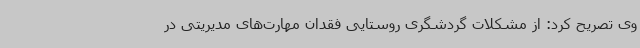
وی تصریح کرد: از مشکلات گردشگری روستایی فقدان مهارت‌های مدیریتی در